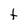
Character: t